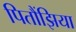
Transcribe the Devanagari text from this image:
पितौंझिया